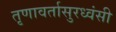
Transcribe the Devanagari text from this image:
तृणावर्तासुरध्वंसी